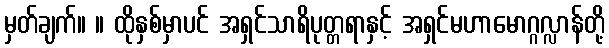
မှတ်ချက်။ ။ ထိုနှစ်မှာပင် အရှင်သာရိပုတ္တရာနှင့် အရှင်မဟာမောဂ္ဂလ္လာန်တို့